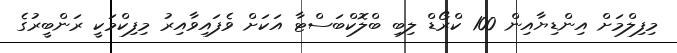
މިފިލްމަށް އިންޑިޔާއިން 100 ކްރޯޑް ލިބި ބްލޮކްބަސްޓާ އަކަށް ވެފައިވާއިރު މިފިކްމަކީ ރަންބީރުގެ